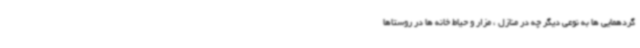
گردهمایی ها به نوعی دیگر چه در منازل ، مزار و حیاط خانه ها در روستاها